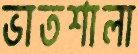
ভাতশালা